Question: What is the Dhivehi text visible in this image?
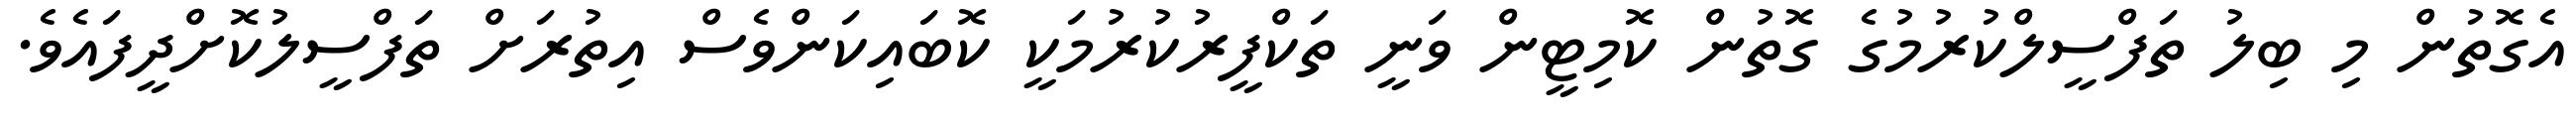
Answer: އެގޮތުން މި ބިލު ތަފްސީލްކުރުމުގެ ގޮތުން ކޮމިޓީން ވަނީ ތަކްފީރުކުރުމަކީ ކޮބައިކަންވެސް އިތުރަށް ތަފްސީލުކޮށްދީފައެވެ.